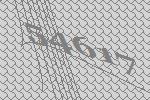
54617